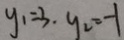
y _ { 1 } = 3 . y _ { 2 } = - 1